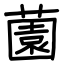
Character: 薗